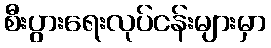
စီးပွားရေးလုပ်ငန်းများမှာ